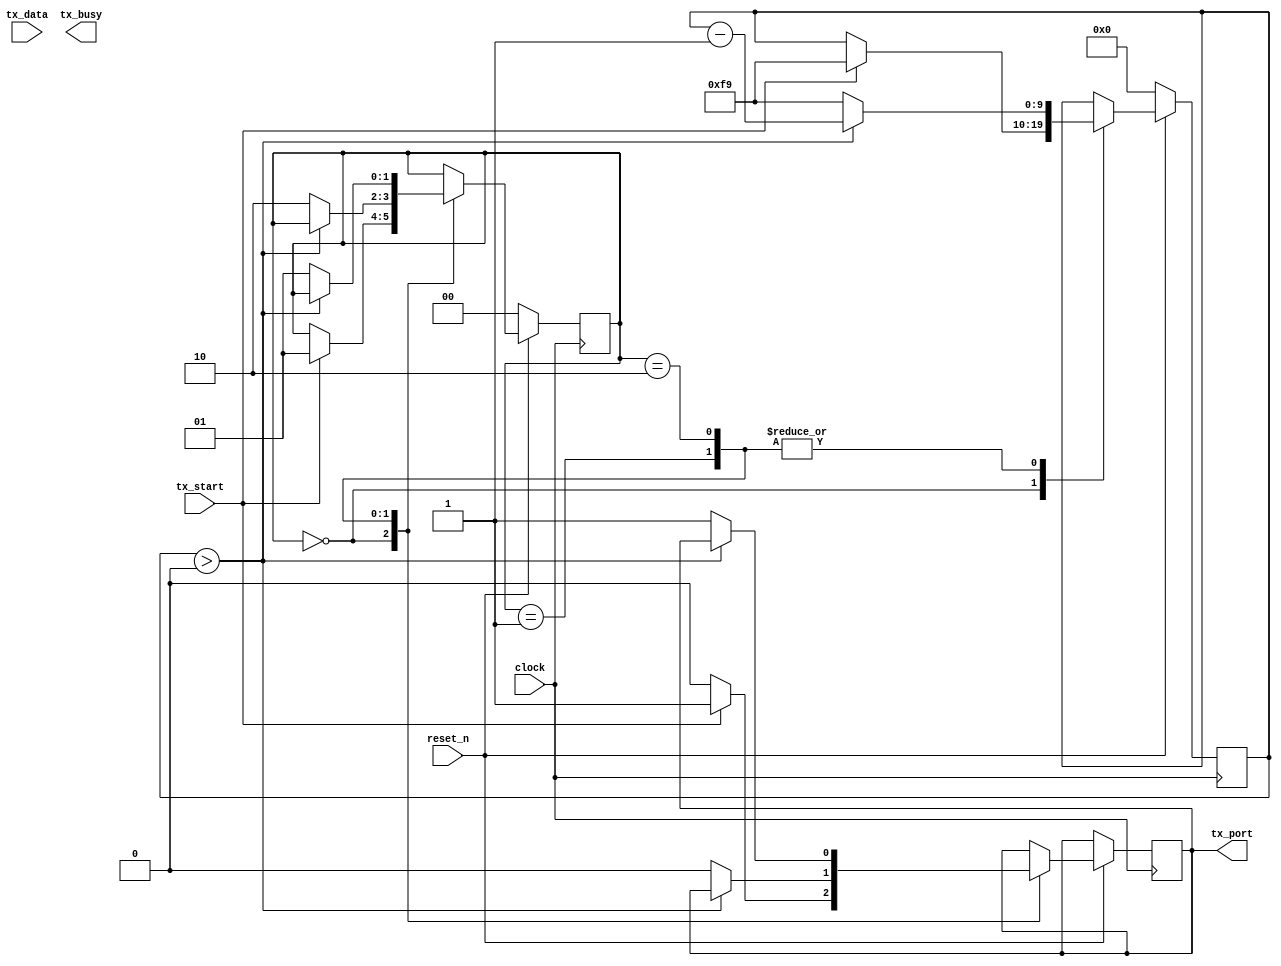
module ir_transmitter(
  input wire [31:0] tx_data,
  input wire tx_start,
  input wire clock,
  input wire reset_n,
  output reg tx_port = 1,
  output reg tx_busy
  );
  //declare states
  localparam
  IDLE  = 2'b00,
  WAIT0 = 2'b01,
  WAIT1 = 2'b10;
  reg [1:0] state;
  reg [9:0] clock_count;
  //when posedge colck,update states
  always @ (posedge clock) begin
    if (~reset_n) begin
      state <= IDLE;
      clock_count <= 0;
    end
    else begin
      case(state)
        IDLE: begin
          if(tx_start) begin
            tx_port <= 1;
            clock_count <= 249;
            state <= WAIT0;
          end
          else begin
            tx_port <= 0;
          end
        end
        WAIT0: begin
          if(clock_count > 0) clock_count <= clock_count - 1;
          else begin
            tx_port <= 0;
            clock_count <= 249;
            state <= WAIT1;
          end
        end
        WAIT1: begin
          if(clock_count > 0) clock_count <= clock_count - 1;
          else begin
            tx_port <= 1;
            clock_count <= 249;
            state <= WAIT0;
          end
        end
      endcase
    end
  end
endmodule

module ir_receiver(
  input wire clock,
  input wire reset_n,
  input wire rx_enable,
  input wire rx_port,
  output reg rx_receiver,
  output reg [31:0] rx_data
);
endmodule

module ir_transceiver(
  input wire [31:0] tx_data,
  input wire tx_start,
  input wire clock,
  input wire reset_n,
  input wire rx_enable,
  input wire rx_port,
  output wire rx_receiver,
  output wire [31:0] rx_data,
  output wire tx_port,
  output wire tx_busy
);
  ir_transmitter inst1(
    .clock(clock),
    .tx_data(tx_data),
    .tx_start(tx_start),
    .reset_n(reset_n),
    .tx_port(tx_port),
    .tx_busy(tx_busy)
  );
  ir_receiver inst2(
    .clock(clock),
    .reset_n(reset_n),
    .rx_enable(rx_enable),
    .rx_port(rx_port),
    .rx_receiver(rx_receiver),
    .rx_data(rx_data)
  );
endmodule